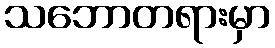
သဘောတရားမှာ